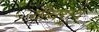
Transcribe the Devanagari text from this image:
गोचराय